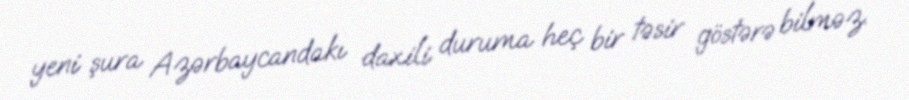
yeni şura Azərbaycandakı daxili duruma heç bir təsir göstərə bilməz.